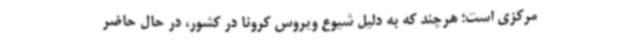
مرکزی است؛ هرچند که به دلیل شیوع ویروس کرونا در کشور، در حال حاضر